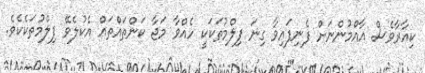
ކިއާރާވެސް އާއްމުންނަށް ފެނިފައިވާ ގިނަ ފިލްމުތަކަކީ ހެއްވާ މަޖާ ކަންތައްތައް އެކުލެވޭ ފިލްމުތަކެކެވެ.